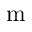
\mathrm { m }